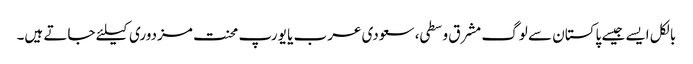
بالکل ایسے جیسے پاکستان سے لوگ مشرق وسطی، سعودی عرب یا یورپ محنت مزدوری کیلئے جاتے ہیں۔